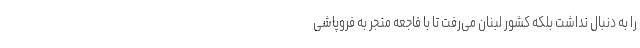
را به دنبال نداشت بلکه کشور لبنان می‌رفت تا با فاجعه منجر به فروپاشی